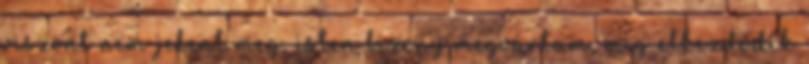
viszont nem jelent meg, isten bizony megvártam, míg elkezdődik